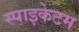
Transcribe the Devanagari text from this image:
स्पाइकेटम